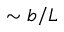
\sim b / L